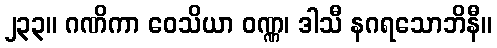
၂၃၃။ ဂဏိကာ ဝေသိယာ ဝဏ္ဏ၊ ဒါသီ နဂရသောဘိနီ။